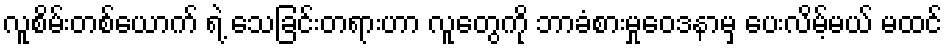
လူစိမ်းတစ်ယောက် ရဲ့ သေခြင်းတရားဟာ လူတွေကို ဘာခံစားမှုဝေဒနာမှ ပေးလိမ့်မယ် မထင်